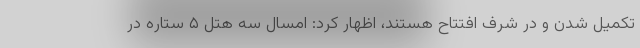
تکمیل شدن و در شرف افتتاح هستند، اظهار کرد: امسال سه هتل ۵ ستاره در